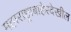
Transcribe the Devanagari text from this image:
महाराष्ट्राबाहेरदेखील